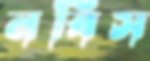
নবিস